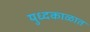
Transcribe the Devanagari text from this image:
युध्दकाळात